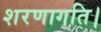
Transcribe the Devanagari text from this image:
शरणागति।